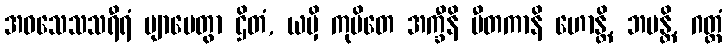
အဝသေသသရီရံ ဗျာပေတွာ ဌိတံ, ယမှိ ကုပိတေ အက္ခီနိ ပီတကာနိ ဟောန္တိ, ဘမန္တိ, ဂတ္တံ